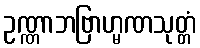
ဥဏ္ဏာဘဗြာဟ္မဏသုတ္တံ